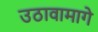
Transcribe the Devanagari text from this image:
उठावामागे